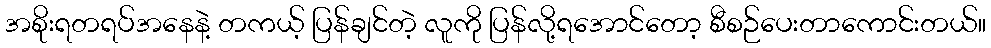
အစိုးရတရပ်အနေနဲ့ တကယ့် ပြန်ချင်တဲ့ လူကို ပြန်လို့ရအောင်တော့ စီစဉ်ပေးတာကောင်းတယ်။